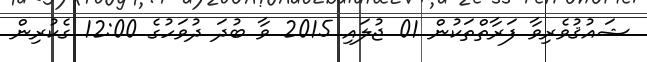
ޝައުޤުވެރިވާ ފަރާތްތަކުން 01 ޖުލައި 2015 ވާ ބުދަ ދުވަހުގެ 12:00 ގެކުރިން